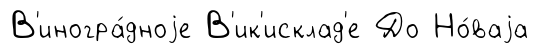
В'иногра́дноjе В'ик'исклад'е До Но́ваjа